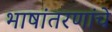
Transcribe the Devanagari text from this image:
भाषांतरणांचे